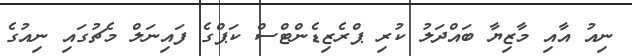
ނިއު އާއި މާޒިޔާ ބައްދަލު ކުރި ޕްރެޒިޑެންޓްސް ކަޕްގެ ފައިނަލް މެޗުގައި ނިއުގެ